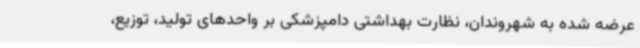
عرضه شده به شهروندان، نظارت بهداشتی دامپزشکی بر واحدهای تولید، توزیع،